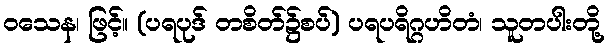
ဝသေန၊ ဖြင့်။ (ပရပုဒ် တစိတ်၌စပ်) ပရပရိဂ္ဂဟိတံ၊ သူတပါးတို့